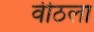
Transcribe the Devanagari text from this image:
वीठला